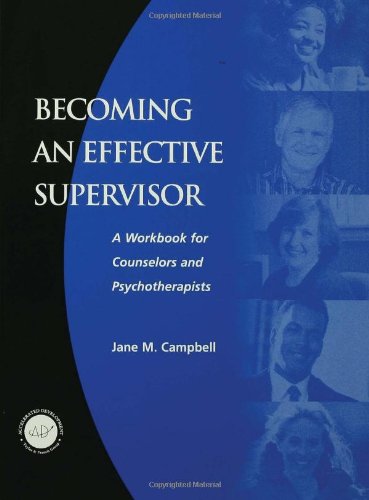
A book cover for Becoming an Effective Supervisor: A Workbook for Counselors and Psychotherapists; Jane Campbell; Health, Fitness & Dieting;